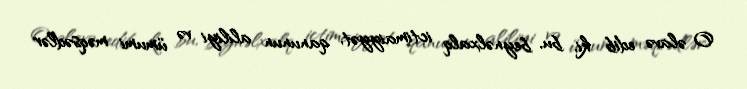
O əlavə edib ki, bu, beynəlxalq ictimaiyyət, qanunun aliliyi və ümumi məqsədlər